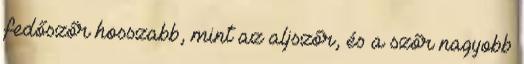
fedőszőr hosszabb, mint az aljszőr, és a szőr nagyobb